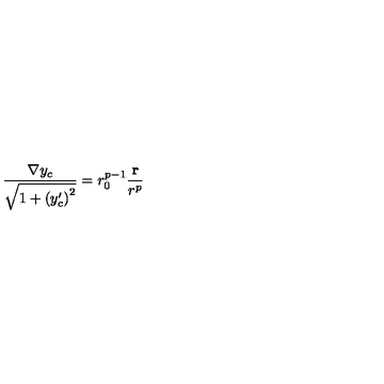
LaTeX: \frac { { \bf \nabla } y _ { c } } { \sqrt { 1 + \left( y _ { c } ^ { \prime } \right) ^ { 2 } } } = r _ { 0 } ^ { p - 1 } \frac { { \bf r } } { r ^ { p } }